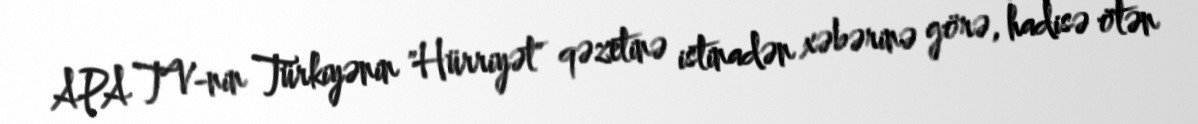
APA TV-nin Türkiyənin "Hürriyət" qəzetinə istinadən xəbərinə görə, hadisə ötən